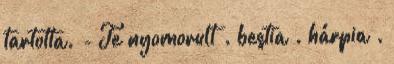
tartotta. - Te nyomorult . bestia . hárpia .